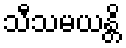
သီသမယန္တိ